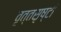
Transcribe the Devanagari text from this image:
वृत्तसृष्टी